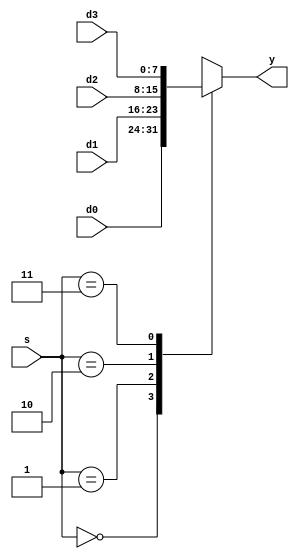
module mux4 #(parameter WIDTH = 8)
             (input      [WIDTH-1:0] d0, d1, d2, d3,
              input      [1:0]       s, 
              output reg [WIDTH-1:0] y);

   always @(*)
      case(s)
         2'b00: y <= d0; // For src2 mux: used for RTYPE and BEQ states output logic           (ALUSRCb=00)
         2'b01: y <= d1; // For src2 mux: First four FETCH states (PC)                         (ALUSRCb=01)
         2'b10: y <= d2; // For src2 mux: used for lb/sb/addi - selecting the immediate value  (ALUSRCb=10)
         2'b11: y <= d3; // For src2 mux: used for DECODE state output logic                   (ALUSRCb=11)
      endcase
endmodule